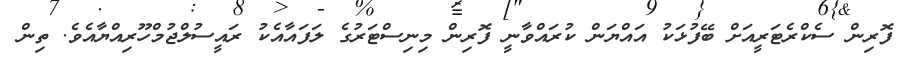
ފޮރިން ސެކްރެޓަރީއަށް ބޭފުޅަކު އައްޔަން ކުރައްވާނީ ފޮރިން މިނިސްޓަރުގެ ލަފައާއެކު ރައީސުލްޖުމްހޫރިއްޔާއެވެ. ތިން